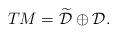
LaTeX: \begin{align*} TM = \widetilde{\cal D} \oplus {\cal D}.\end{align*}